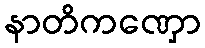
နာတိကဏှော